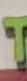
*